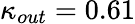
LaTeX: {{\kappa}_{out}}=0.61